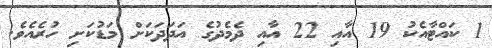
1 ކައްޓާއެކު 19 އާއި 22 އާއި ދެމެދުގެ އަދަދަކަށް މަޑުކަށި ހުރެއެވެ.